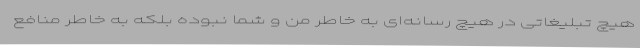
هیچ تبلیغاتی در هیچ رسانه‌ای به خاطر من و شما نبوده بلکه به خاطر منافع